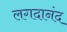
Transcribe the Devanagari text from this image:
लगदानंद